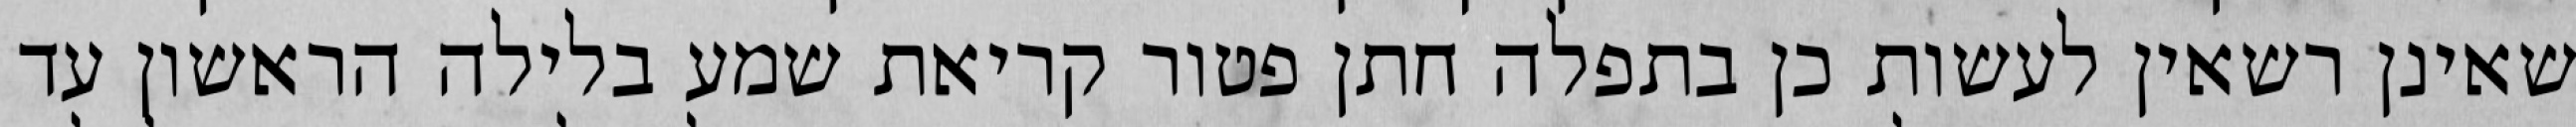
שאינן רשאין לעשות כן בתפלה חתן פטור קריאת שמע בלילה הראשון עד